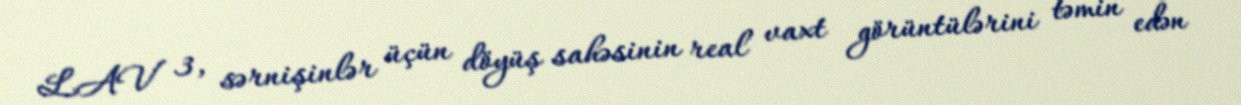
LAV 3, sərnişinlər üçün döyüş sahəsinin real vaxt görüntülərini təmin edən